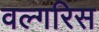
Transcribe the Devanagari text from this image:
वल्गरिस